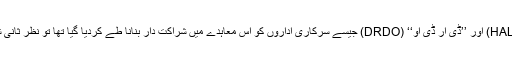
بھارتی دفاعی مبصرین یہ سوال اٹھا رہے ہیں کہ جب پہلے ’’ہال‘‘ (HAL) اور ’’ڈی آر ڈی او‘‘ (DRDO) جیسے سرکاری اداروں کو اس معاہدے میں شراکت دار بنانا طے کردیا گیا تھا تو نظرِ ثانی شدہ معاہدے میں سرکاری اداروں کو یکسر نظرانداز کیوں کردیا گیا؟